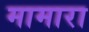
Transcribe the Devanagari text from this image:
मामारा